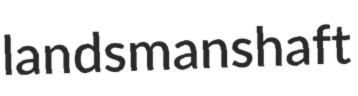
landsmanshaft